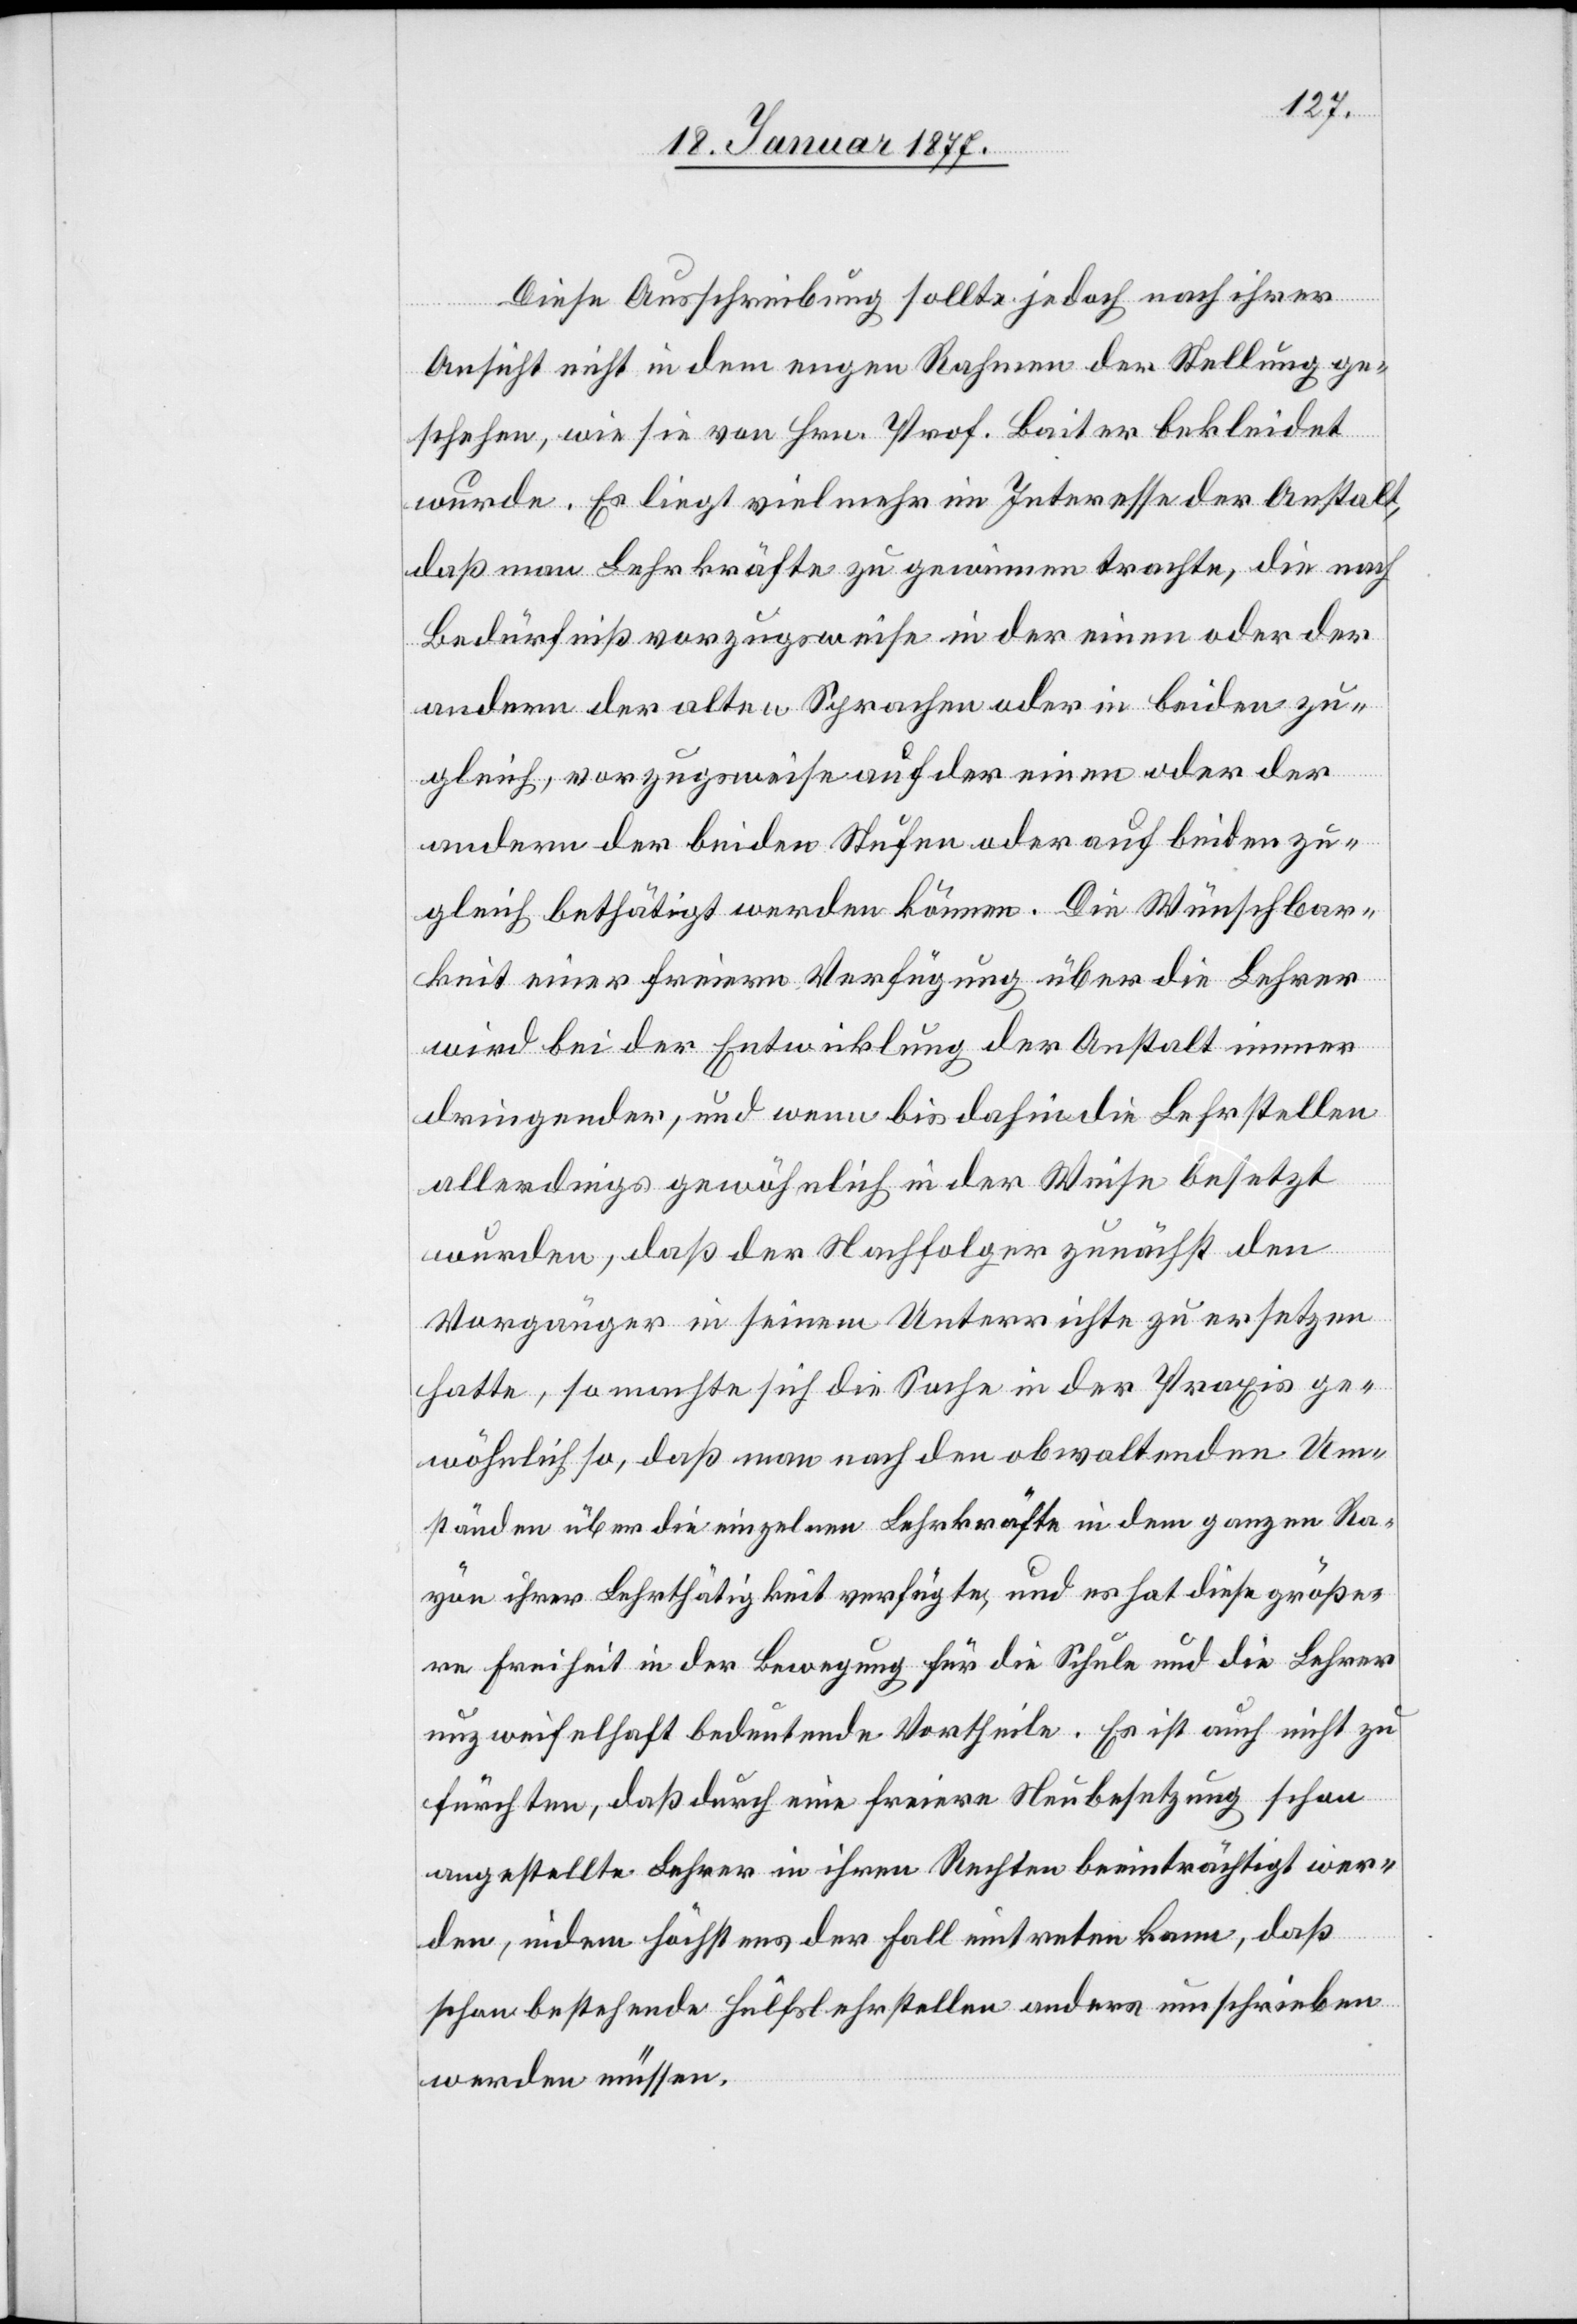
Diese Ausschreibung sollte jedoch nach ihrer
r ge¬
Ansicht nicht in dem engen Rahmen der Stellung ge¬
schehen, wie sie von Hrn. Prof. Baiter bekleidet
wurde. Es liegt vielmehr im Interesse der Anstalt,
daß man Lehrkräfte zu gewinnen trachte, die nach
Bedürfniß vorzugsweise in der einen oder der
andern der alten Sprachen oder in beiden zu¬
gleich, vorzugsweise auf der einen oder der
andern der beiden Stufen oder auf beiden zu¬
gleich bethätigt werden können. Die Wünschbar¬
keit einer freien Verfügung über die Lehrer
wird bei der Entwicklung der Anstalt immer
dringender, und wenn bis dahin die Lehrstellen
allerdings gewöhnlich in der Weise besetzt
wurden, daß der Nachfolger zunächst den
Vorgänger in seinem Unterrichte zu ersetzen
hatte, so machte sich die Sache in der Praxis fü¬
wöhnlich so, daß man nach den obwaltenden Um¬
ständen über die einzelnen Lehrkräfte in dem ganzen Ra¬
yon ihrer Lehrtätigkeit verfügte, und es hat diese größe¬
re Freiheit in der Bewegung für die Schule und die Lehrer
unzweifelhaft bedeutende Vortheile. Es ist auch nicht zu
fürchten, daß durch eine freiere Neubesetzung schon
angestellte Lehrer in ihren Rechten beeinträchtigt wer¬
den, indem höchstens der Fall eintreten kann, daß
schon bestehende Hülfslehrstellen anders umschrieben
werden müssen.